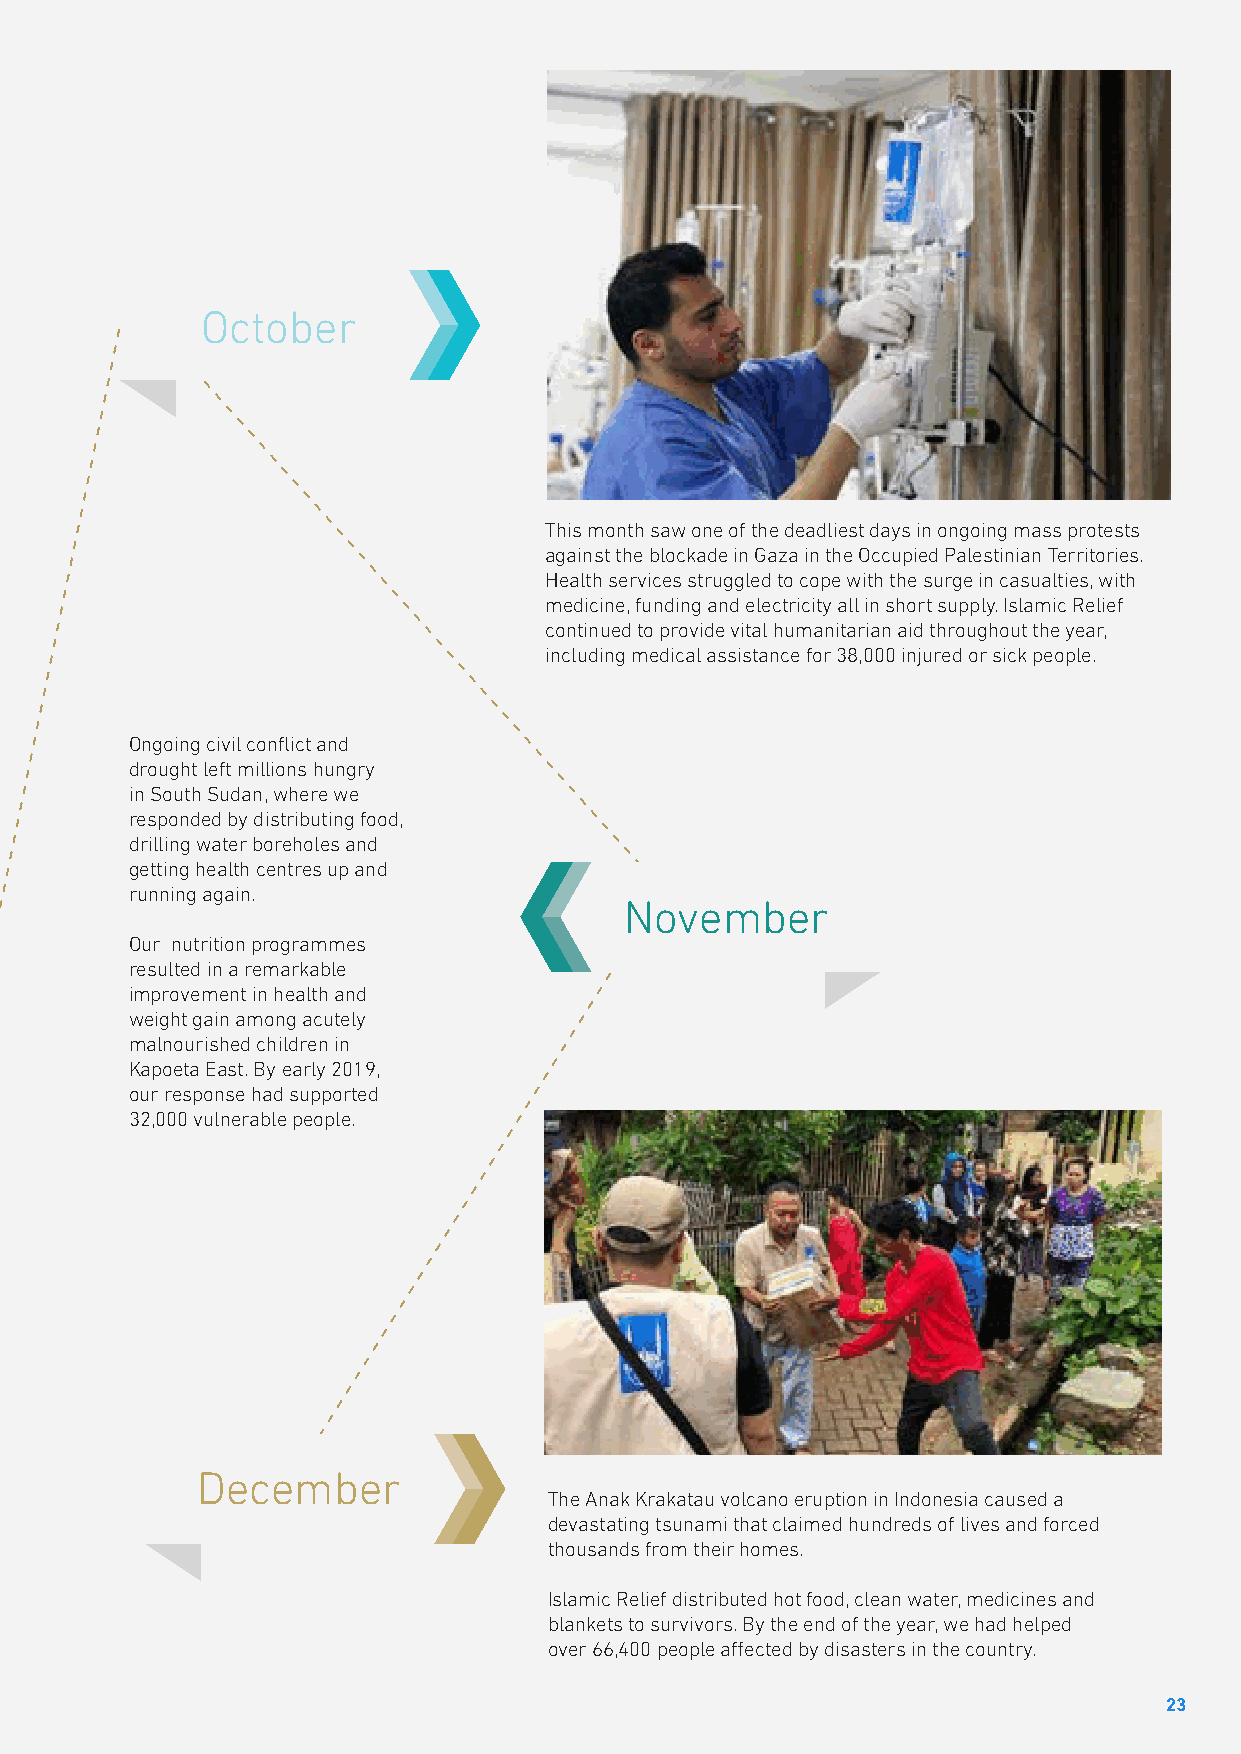
October
 This month saw one of the deadliest days in ongoing mass protests
 against the blockade in Gaza in the Occupied Palestinian Territories.
 Health services struggled to cope with the surge in casualties, with
 medicine, funding and electricity all in short supply. Islamic Relief
 continued to provide vital humanitarian aid throughout the year,
 including medical assistance for 38,000 injured or sick people.
 Ongoing civil conflict and
 drought left millions hungry
 in South Sudan, where we
 responded by distributing food,
 drilling water boreholes and
 getting health centres up and
 running again.
 November
 Our nutrition programmes
 resulted in a remarkable
 improvement in health and
 weight gain among acutely
 malnourished children in
 Kapoeta East. By early 2019,
 our response had supported
 32,000 vulnerable people.
 December
 The Anak Krakatau volcano eruption in Indonesia caused a
 devastating tsunami that claimed hundreds of lives and forced
 thousands from their homes.
 Islamic Relief distributed hot food, clean water, medicines and
 blankets to survivors. By the end of the year, we had helped
 over 66,400 people affected by disasters in the country.
 23